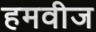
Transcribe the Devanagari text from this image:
हमवीज